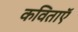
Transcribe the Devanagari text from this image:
कविताऍ